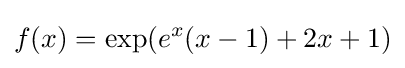
f(x)=\exp(e^{x}(x-1)+2x+1)